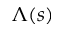
\Lambda ( s )